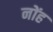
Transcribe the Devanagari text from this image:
नोंह